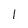
Character: l